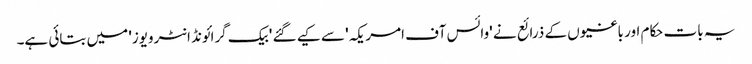
یہ بات حکام اور باغیوں کے ذرائع نے 'وائس آف امریکہ' سے کیے گئے 'بیک گرائونڈ انٹرویوز' میں بتائی ہے۔